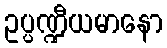
ဥပ္ပဏ္ဍီယမာနော